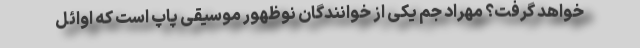
خواهد گرفت؟ مهراد جم یکی از خوانندگان نوظهور موسیقی پاپ است که اوائل